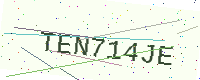
Text: TEN714JE